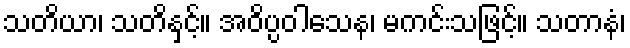
သတိယာ၊ သတိနှင့်။ အဝိပ္ပဝါသေန၊ မကင်းသဖြင့်။ သတာနံ၊